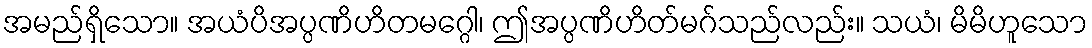
အမည်ရှိသော။ အယံပိအပ္ပဏိဟိတမဂ္ဂေါ၊ ဤအပ္ပဏိဟိတ်မဂ်သည်လည်း။ သယံ၊ မိမိဟူသော